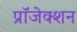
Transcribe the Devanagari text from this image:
प्रॉजेक्शन